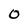
Character: O